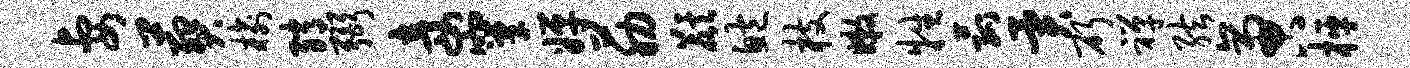
妻葬榆绡弼妾窠婵筋麒鲍枝嫩牲菰异斫禅弦啻枰